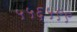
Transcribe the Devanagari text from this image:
५५६५९९